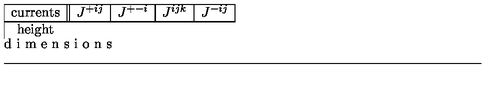
\begin{array} { | c | | c | c | c | c | } \hline { \mathrm { c u r r e n t s } } & { J ^ { + i j } } & { J ^ { + - i } } & { J ^ { i j k } } & { J ^ { - i j } } \\ \hline { \hline \mathrm { d i m e n s i o n s } } & { - 1 } & { 1 } & { 1 } & { 3 } \\ \hline { } \\ \end{array}